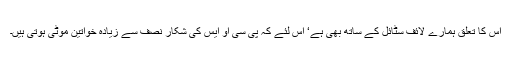
اس کا تعلق ہمارے لائف سٹائل کے ساتھ بھی ہے‘ اس لئے کہ پی سی او ایس کی شکار نصف سے زیادہ خواتین موٹی ہوتی ہیں۔